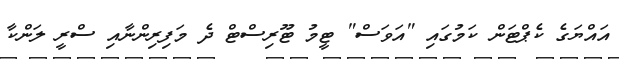
އައްޔަގެ ކެޕްޓަން ކަމުގައި "އަވަސް" ޓީމު ޓޫރިސްޓް ދެ މަފިރިންނާއި ސްރީ ލަންކާ